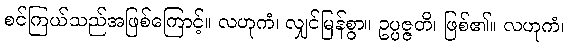
စင်ကြယ်သည်အဖြစ်ကြောင့်။ လဟုကံ၊ လျှင်မြန်စွာ။ ဥပ္ပဇ္ဇတိ၊ ဖြစ်၏။ လဟုကံ၊